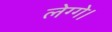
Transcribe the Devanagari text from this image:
लेग्गे।